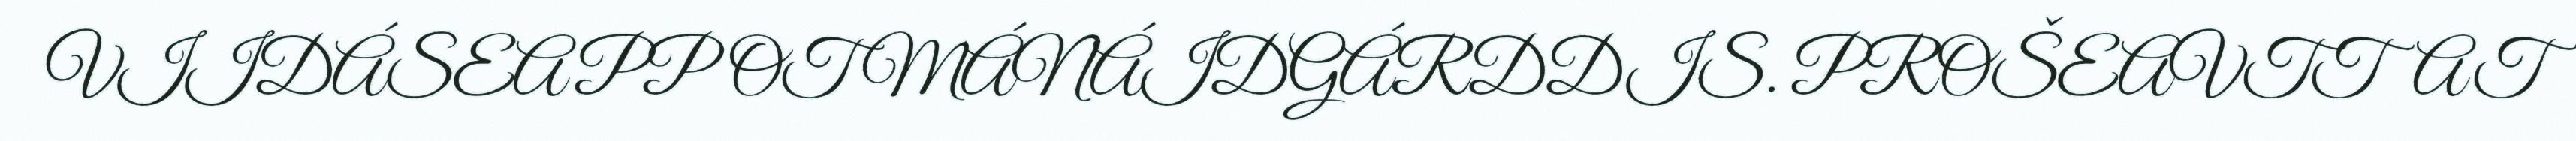
VIIDÁSEAPPOT MÁNÁIDGÁRDDIS. PROŠEAVTTAT